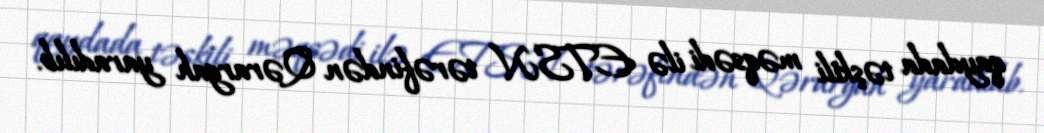
qaydada təşkili məqsədi ilə ETSN tərəfindən Qərargah yaradılıb.